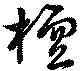
檀